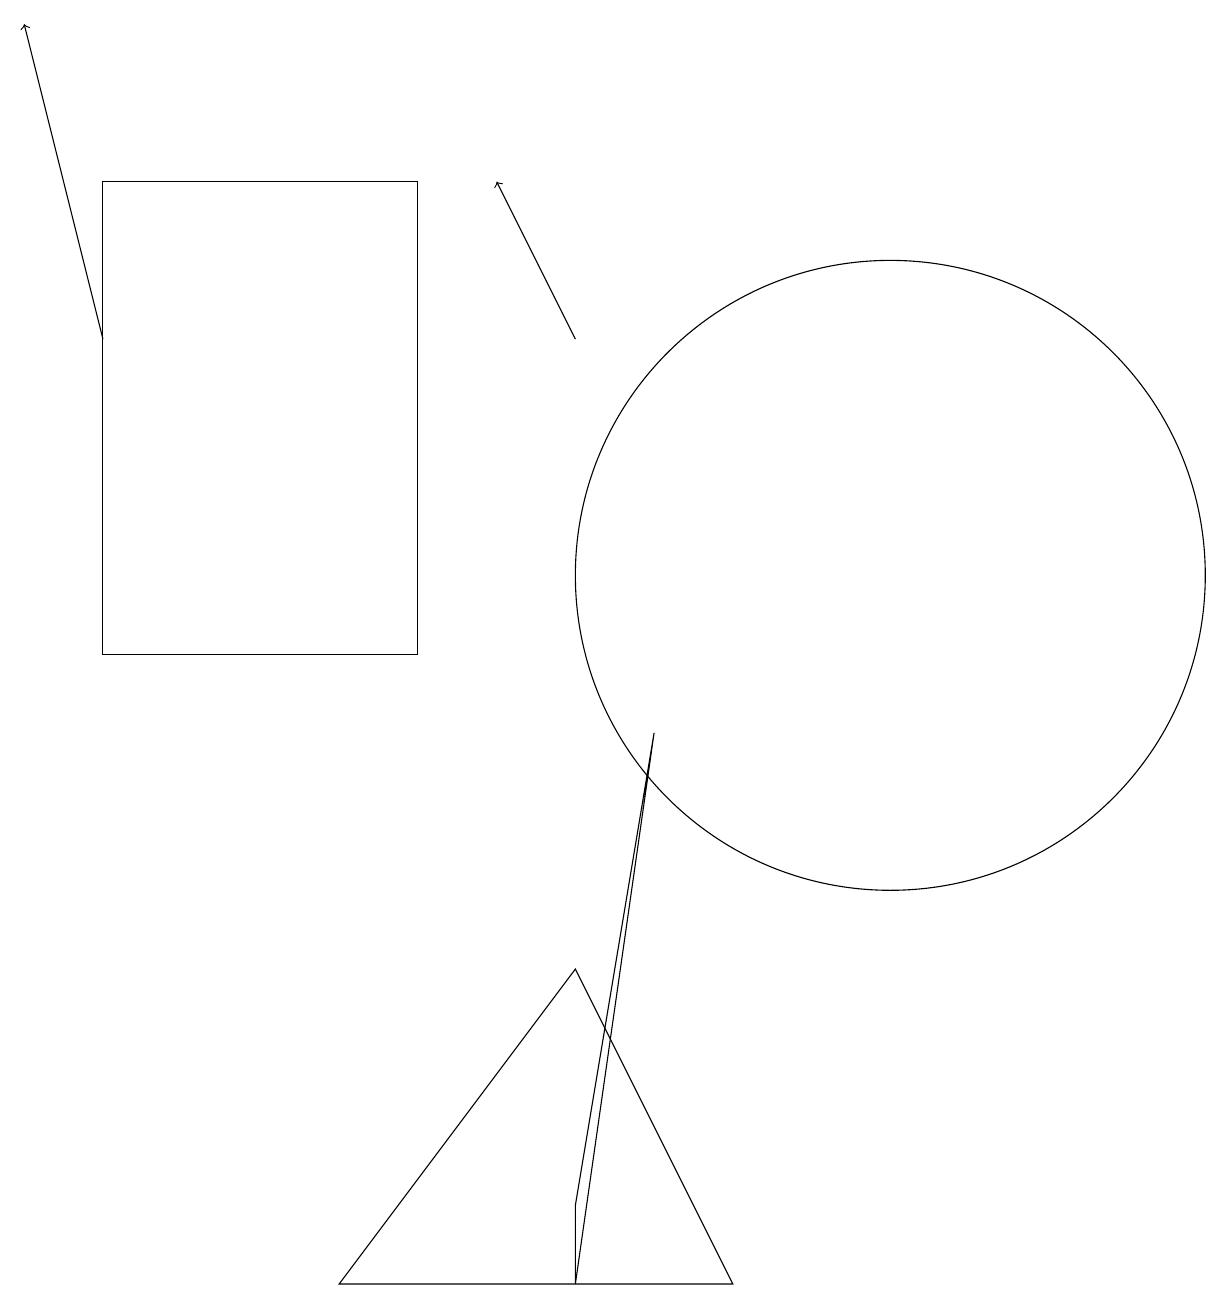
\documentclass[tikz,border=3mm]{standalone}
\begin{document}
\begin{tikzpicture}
\draw (1,16) rectangle (5,10);
\draw (11,11) circle (4);
\draw[->] (7,14) -- (6,16);
\draw (8,9) -- (7,2) -- (7,3) -- cycle;
\draw[->] (1,14) -- (0,18);
\draw (9,2) -- (4,2) -- (7,6) -- cycle;
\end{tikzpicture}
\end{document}